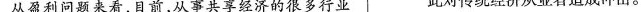
从盈利问题来看，目前，从事共享经济的很多行业 此对传统经济从业者造成冲击。